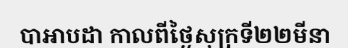
បាអាបដា កាលពីថ្ងៃសុក្រទី២២មីនា